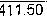
411.50